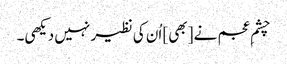
چشمِ عجم نے [بھی] اُن کی نظیر نہیں دیکھی۔